Enquiry on enteric fever in India - Number 32
Disease focus: Fever
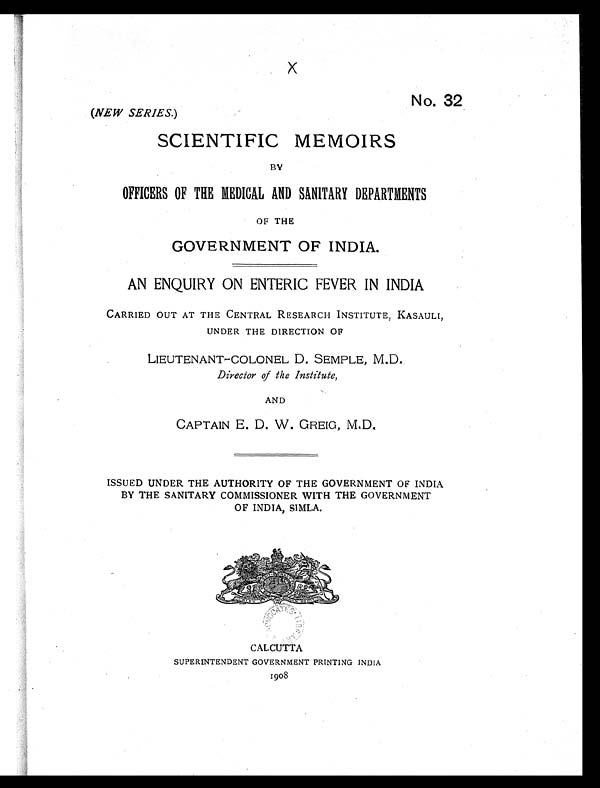
x
No. 32
(NEW SERIES.)
SCIENTIFIC MEMOIRS
BY
OFFICERS OF THE MEDICAL AND SANITARY DEPARTMENTS
OF THE
GOVERNMENT OF INDIA.
AN ENQUIRY ON ENTERIC FEVER IN INDIA
CARRIED OUT AT THE CENTRAL RESEARCH INSTITUTE, KASAULI,
UNDER THE DIRECTION OF
LIEUTENANT–COLONEL D. SEMPLE, M.D.
Director of the Institute,
AND
CAPTAIN E. D. W. GREIG, M.D.
ISSUED UNDER THE AUTHORITY OF THE GOVERNMENT OF INDIA
BY THE SANITARY COMMISSIONER WITH THE GOVERNMENT
OF INDIA, SIMLA.
ALCUTTA
CALCUTTA
SUPERINTENDENT GOVERNMENT PRINTING INDIA
1 9 0 8